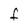
Character: F